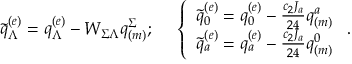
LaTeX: \tilde { q } _ { \Lambda } ^ { ( e ) } = q _ { \Lambda } ^ { ( e ) } - W _ { \Sigma \Lambda } q _ { ( m ) } ^ { \Sigma } ; \ \ \ \ \left\{ \begin{array} { l } { { \tilde { q } _ { 0 } ^ { ( e ) } = q _ { 0 } ^ { ( e ) } - { \frac { c _ { 2 } J _ { a } } { 2 4 } } q _ { ( m ) } ^ { a } } } \\ { { \tilde { q } _ { a } ^ { ( e ) } = q _ { a } ^ { ( e ) } - { \frac { c _ { 2 } J _ { a } } { 2 4 } } q _ { ( m ) } ^ { 0 } } } \end{array} \right. .